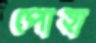
পোহা